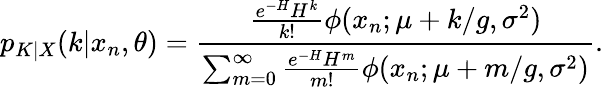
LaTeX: p_{K|X}(k|x_{n},\theta)=\frac{\frac{e^{-H}H^{k}}{k!}\phi(x_{n};\mu+k/g,\sigma^{2})}{\sum_{m=0}^{\infty}\frac{e^{-H}H^{m}}{m!}\phi(x_{n};\mu+m/g,\sigma^{2})}.